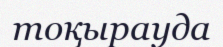
тоқырауда